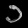
Digit: ၁